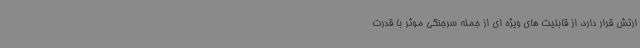
ارتش قرار دارد، از قابلیت های ویژه ای از جمله سرجنگی موثر با قدرت